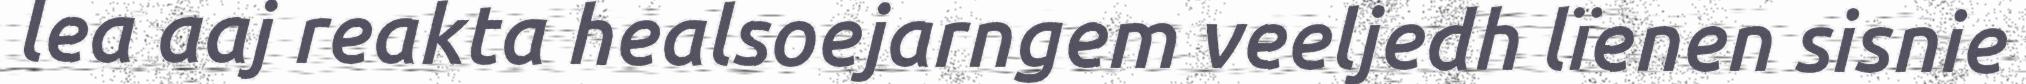
lea aaj reakta healsoejarngem veeljedh lïenen sisnie